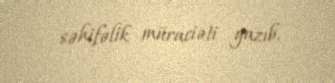
səhifəlik müraciəti yazıb.